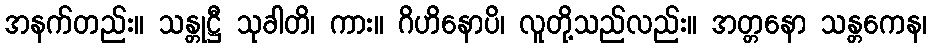
အနက်တည်း။ သန္တုဋ္ဌီ သုခါတိ၊ ကား။ ဂိဟိနောပိ၊ လူတို့သည်လည်း။ အတ္တနော သန္တကေန၊